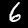
Label: 6